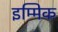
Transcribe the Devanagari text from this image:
इम्मिक